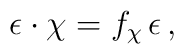
\epsilon\cdot \chi = f_\chi\, \epsilon\, ,